Annual report of the Madras Medical College
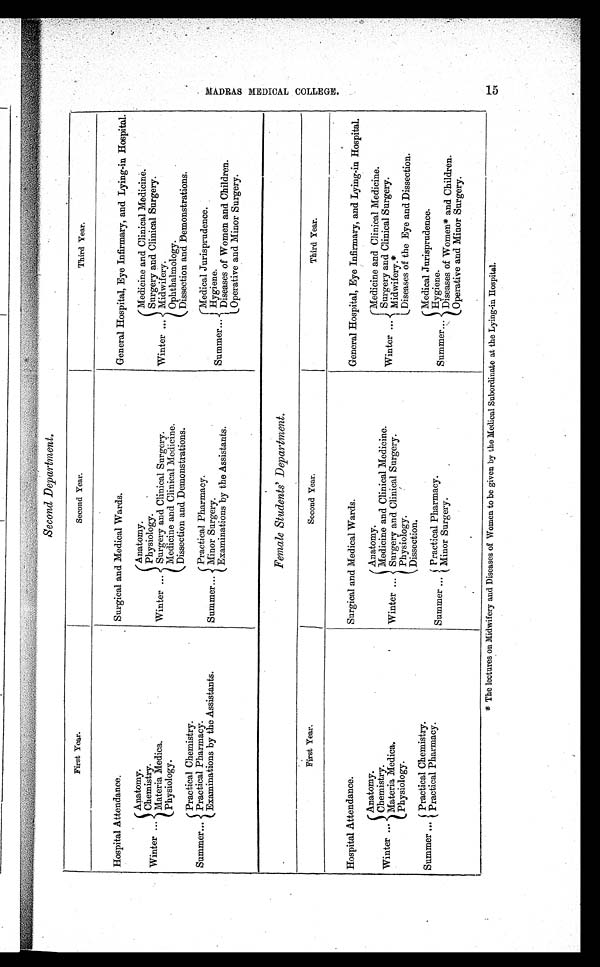
Second Department.
First Year.
Second Year.
Third Year.
Hospital Attendance.
Surgical and Medical Wards.
General Hospital, Eye Infirmary, and Lying-in Hospital.
Winter ...
Anatomy.
Winter ...
Anatomy.
Winter ...
Medicine and Clinical Medicine.
Chemistry.
Physiology.
Surgery and Clinical Surgery.
Materia Medica.
Surgery and Clinical Surgery.
Midwifery.
Physiology.
Medicine and Clinical Medicine.
Ophthalmology.
Dissection and Demonstrations.
Dissection and Demonstrations.
Summer...
Practical Chemistry.
Practical Pharmacy.
Summer...
Practical Pharmacy.
Summer...
Medical Jurisprudence.
Examinations by the Assistants.
Minor Surgery.
Hygiene.
Examinations by the Assistants.
Diseases of Women and Children.
Operative and Minor Surgery.
Female Students' Department.
First Year.
Second Year.
Third Year.
Hospital Attendance.
Surgical and Medical Wards.
General Hospital, Eye Infirmary, and Lying-in Hospital.
Winter ...
Anatomy.
Winter ...
Anatomy.
Winter ...
Medicine and Clinical Medicine.
Chemistry.
Medicine and Clinical Medicine.
Surgery and Clinical Surgery.
Materia Medica.
Surgery and Clinical Surgery.
Midwifery.*
Physiology.
Physiology.
Diseases of the Eye and Dissection.
Dissection.
Summer ...
Practical Chemistry.
Summer ...
Practical Pharmacy.
Summer_
Medical Jurisprudence.
{ Practical Pharmacy.
Hygiene.
t Minor Surgery.
Diseases of Women* and Children.
Operative and Minor Surgery.
* The lectures on Midwifery and Diseases of Women to be given by the Medical Subordinate at the Lying-in Hospital.
0>-
co
cD
0
N
Q
cyt